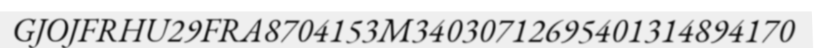
GJOJFRHU29FRA8704153M34030712695401314894170